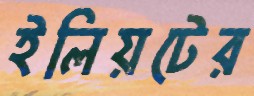
ইলিয়টের